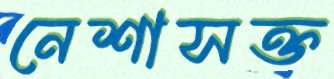
নেশাসক্ত